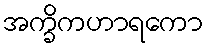
အက္ခိကဟာရကော